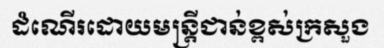
ដំណើរដោយមន្ត្រីជាន់ខ្ពស់ក្រសួង